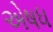
એષધ